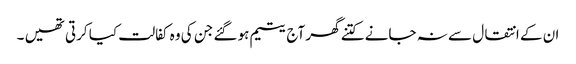
ان کے انتقال سے نہ جانے کتنے گھر آج یتیم ہو گئے جن کی وہ کفالت کیا کرتی تھیں ۔